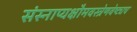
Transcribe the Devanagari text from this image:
संस्नाप्यक्षौमवस्त्रेणवेष्ट्यच